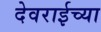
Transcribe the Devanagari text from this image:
देवराईच्या